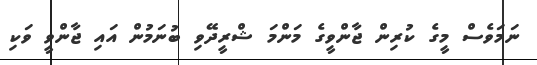
ނަމަވެސް މީގެ ކުރިން ޖާންވީގެ މަންމަ ޝްރީދޭވި ބުނަމުން އައި ޖާންވީ ވަކި